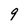
Character: 9